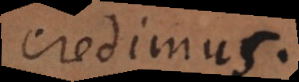
credimus.